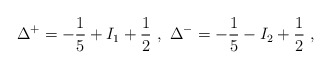
\begin{align*}\Delta ^{+}=-\frac{1}{5}+I_{1}+\frac{1}{2}\, \, ,\, \, \Delta ^{-}=-\frac{1}{5}-I_{2}+\frac{1}{2}\, \, ,\end{align*}